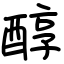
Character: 醇